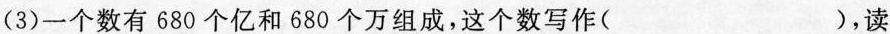
(3)一个数有680个亿和680个万组成，这个数写作（），读